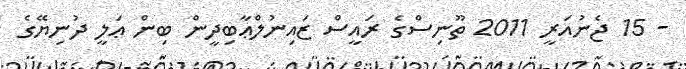
- 15 ޖެނުއަރީ 2011 ތޫނިސްގެ ރައީސް ޒައިނުލްޢާބިދީން ބިން ޢަލީ ދުނިޔޭގެ